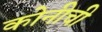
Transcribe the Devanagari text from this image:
कोनीची